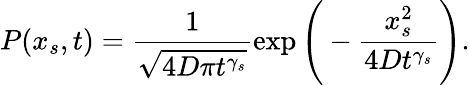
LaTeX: P(x_{s},t)=\frac{1}{\sqrt{4D\pi t^{\gamma_{s}}}}\exp\Bigg(-\frac{x_{s}^{2}}{4Dt^{\gamma_{s}}}\Bigg).